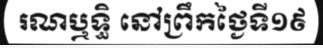
រណឬទ្ធិ នៅព្រឹកថ្ងៃទី១៩